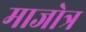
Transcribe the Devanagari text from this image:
माजोत्र